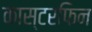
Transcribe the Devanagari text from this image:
कास्टरफिन